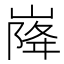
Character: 𡹷